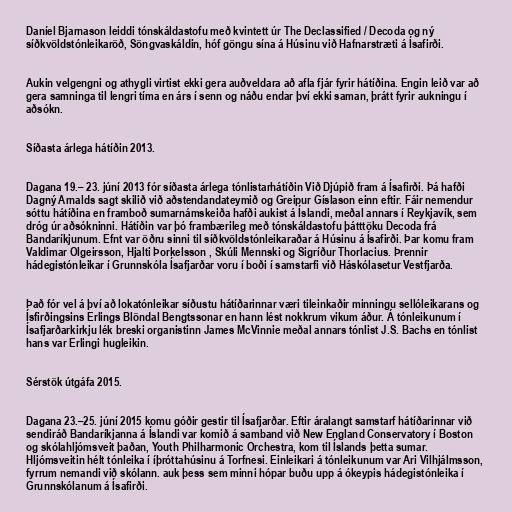
Daníel Bjarnason leiddi tónskáldastofu með kvintett úr The Declassified / Decoda og ný
síðkvöldstónleikaröð, Söngvaskáldin, hóf göngu sína á Húsinu við Hafnarstræti á Ísafirði.

Aukin velgengni og athygli virtist ekki gera auðveldara að afla fjár fyrir hátíðina. Engin leið var að
gera samninga til lengri tíma en árs í senn og náðu endar því ekki saman, þrátt fyrir aukningu í
aðsókn.

Síðasta árlega hátíðin 2013.

Dagana 19.– 23. júní 2013 fór síðasta árlega tónlistarhátíðin Við Djúpið fram á Ísafirði. Þá hafði
Dagný Arnalds sagt skilið við aðstendandateymið og Greipur Gíslason einn eftir. Fáir nemendur
sóttu hátíðina en framboð sumarnámskeiða hafði aukist á Íslandi, meðal annars í Reykjavík, sem
dróg úr aðsókninni. Hátíðin var þó frambærileg með tónskáldastofu þátttöku Decoda frá
Bandaríkjunum. Efnt var öðru sinni til síðkvöldstónleikaraðar á Húsinu á Ísafirði. Þar komu fram
Valdimar Olgeirsson, Hjalti Þorkelsson , Skúli Mennski og Sigríður Thorlacius. Þrennir
hádegistónleikar í Grunnskóla Ísafjarðar voru í boði í samstarfi við Háskólasetur Vestfjarða.

Það fór vel á því að lokatónleikar síðustu hátíðarinnar væri tileinkaðir minningu sellóleikarans og
Ísfirðingsins Erlings Blöndal Bengtssonar en hann lést nokkrum vikum áður. Á tónleikunum í
Ísafjarðarkirkju lék breski organistinn James McVinnie meðal annars tónlist J.S. Bachs en tónlist
hans var Erlingi hugleikin.

Sérstök útgáfa 2015.

Dagana 23.–25. júní 2015 komu góðir gestir til Ísafjarðar. Eftir áralangt samstarf hátíðarinnar við
sendiráð Bandaríkjanna á Íslandi var komið á samband við New England Conservatory í Boston
og skólahljómsveit þaðan, Youth Philharmonic Orchestra, kom til Íslands þetta sumar.
Hljómsveitin hélt tónleika í íþróttahúsinu á Torfnesi. Einleikari á tónleikunum var Ari Vilhjálmsson,
fyrrum nemandi við skólann. auk þess sem minni hópar buðu upp á ókeypis hádegistónleika í
Grunnskólanum á Ísafirði.